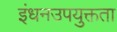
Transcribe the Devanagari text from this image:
इंधनउपयुक्तता